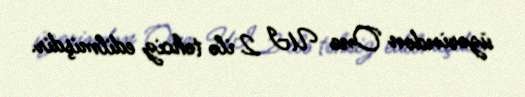
üzərindən One UI 2 ilə təhciz edilmişdir.